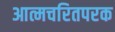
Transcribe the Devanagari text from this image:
आत्मचरितपरक